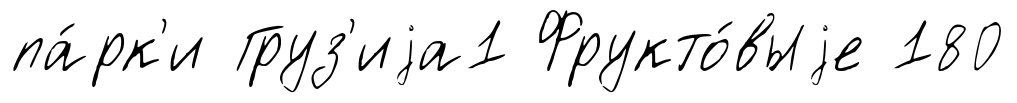
па́рк'и Груз'иjа1 Фрукто́выjе 180